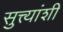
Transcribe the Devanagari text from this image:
सुत्त्यांशी